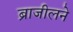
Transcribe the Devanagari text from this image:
ब्राजीलने